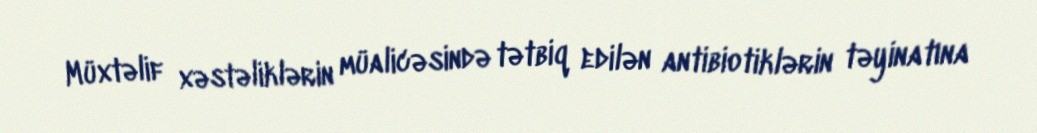
Müxtəlif xəstəliklərin müalicəsində tətbiq edilən antibiotiklərin təyinatına